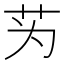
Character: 𫇭